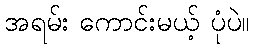
အရမ်း ကောင်းမယ့် ပုံပဲ။